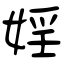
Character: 婬